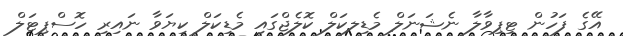
އޭގެ ފަހުން ޓިޕިވާލާ ނެޝަނަލް މެޑިލކަލް ކޮލެޖްގައި މެޑިކަލް ކިޔަވާ ނައިރި ހޮސްޕިޓަލް